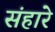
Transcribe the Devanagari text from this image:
संहारे